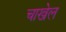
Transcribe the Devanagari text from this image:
चाखेल